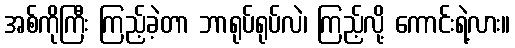
အစ်ကိုကြီး ကြည့်ခဲ့တာ ဘာရုပ်ရုပ်လဲ၊ ကြည့်လို့ ကောင်းရဲ့လား။